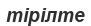
тірілте